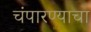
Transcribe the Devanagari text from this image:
चंपारण्याचा